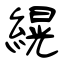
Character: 縨